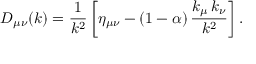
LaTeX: D _ { \mu \nu } ( k ) = { \frac { 1 } { k ^ { 2 } } } \left[ \eta _ { \mu \nu } - \left( 1 - \alpha \right) { \frac { k _ { \mu } \, k _ { \nu } } { k ^ { 2 } } } \right] .